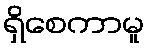
ရှိစေကာမူ